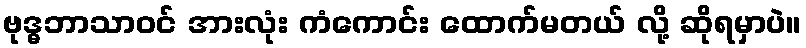
ဗုဒ္ဓဘာသာဝင် အားလုံး ကံကောင်း ထောက်မတယ် လို့ ဆိုရမှာပဲ။